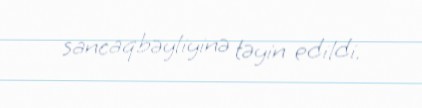
sancaqbəyliyinə təyin edildi.